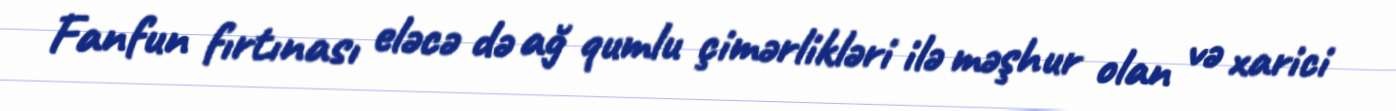
Fanfun fırtınası eləcə də ağ qumlu çimərlikləri ilə məşhur olan və xarici